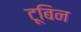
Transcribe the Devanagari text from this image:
टूबिन